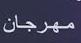
مهرجان